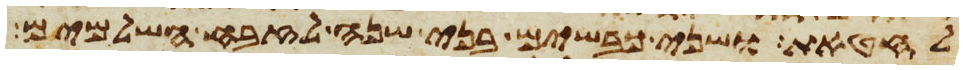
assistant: לחטאת ושני כבשים בני שנה לזבח השלמים